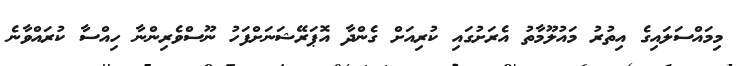
މިމައްސަލައިގެ އިތުރު މައުލޫމާތު އެރަށުގައި ކުރިއަށް ގެންދާ އޮޕަރޭޝަނަށްފަހު ނޫސްވެރިންނާ ހިއްސާ ކުރައްވާނެ